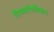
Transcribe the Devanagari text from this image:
निष्कर्षणविज्ञान